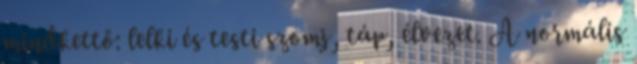
mindkettő: lelki és testi szomj, táp, élvezet. A normális